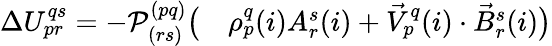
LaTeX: \begin{array}{rl}{\Delta U_{pr}^{qs}=-\mathcal P_{(rs)}^{(pq)}\big(}&{{}\rho_{p}^{q}(i)A_{r}^{s}(i)+\vec{V}_{p}^{q}(i)\cdot\vec{B}_{r}^{s}(i)\big)}\end{array}